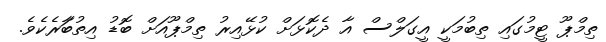
ތިމްޕޫ ޓީމުގައި ތިބުމަކީ އީގަލްސް އާ ދެކޮޅަށް ކުޅޭއިރު ތިމްޕޫއަށް ބޮޑު އިތުބާަރެކެވެ.